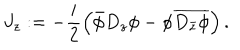
LaTeX: J _ { z } : = - \frac { i } { 2 } \left( \bar { \phi } D _ { z } \phi - \phi \overline { { { D _ { \bar { z } } \phi } } } \right) .